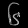
Digit: ၆